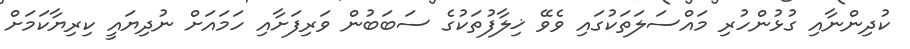
ކުދިންނާއި ގުޅުންހުރި މައްސަލަތަކުގައި ވެވޭ ޚިލާފުތަކުގެ ސަބަބުން ވަރިފަށާއި ހަމައަށް ނުދިޔައީ ކިރިޔާކަމަށް